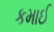
કમાઈ